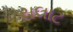
સલાટ